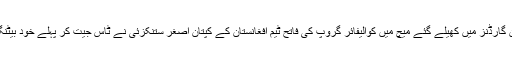
کولکتہ کے ایڈن گارڈنز میں کھیلے گئے میچ میں کوالیفائر گروپ کی فاتح ٹیم افغانستان کے کپتان اصغر ستنکزئی نے ٹاس جیت کر پہلے خود بیٹنگ کا فیصلہ کیا۔